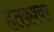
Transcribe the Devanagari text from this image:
हतकेश्वर